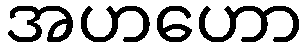
အဟဟော